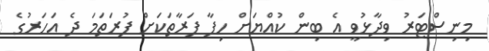
މިނިސްޓަރު ވިދާޅުވީ އެ ބިން ކުއްޔަށް ހިފާ ފަރާތަކަށް ފުރަތަމަ ދެ އަހަރުގެ